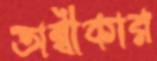
অম্বীকার